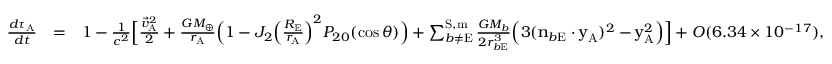
\begin{array} { r l r } { \frac { d \tau _ { \mathrm { A } } } { d t } } & { = } & { 1 - \frac { 1 } { c ^ { 2 } } \Big [ \frac { { \vec { v } } _ { \mathrm { A } } ^ { 2 } } { 2 } + \frac { G M _ { \oplus } } { r _ { \mathrm { A } } } \Big ( 1 - J _ { 2 } \Big ( \frac { R _ { \mathrm { E } } } { r _ { \mathrm { A } } } \Big ) ^ { 2 } P _ { 2 0 } ( \cos \theta ) \Big ) + \sum _ { b \not = \mathrm { E } } ^ { \mathrm { S , m } } \frac { G M _ { b } } { 2 r _ { b \mathrm { E } } ^ { 3 } } \Big ( 3 ( \boldsymbol { \mathrm { n } } _ { b \mathrm { E } } \cdot \boldsymbol { \mathrm { y } } _ { \mathrm { A } } ) ^ { 2 } - \boldsymbol { \mathrm { y } } _ { \mathrm { A } } ^ { 2 } \Big ) \Big ] + { \cal O } ( 6 . 3 4 \times 1 0 ^ { - 1 7 } ) , ~ ~ ~ ~ ~ } \end{array}